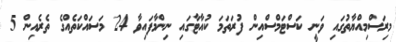
މިރަސްމިއްޔާތުގައި ވަނީ ކަސްޓަމްސްއިން ފުރަތަމަ ކުއާޓާގައި ނިންމާފައިވާ 24 މަސައްކަތެއްގެ ތެރެއިން 5